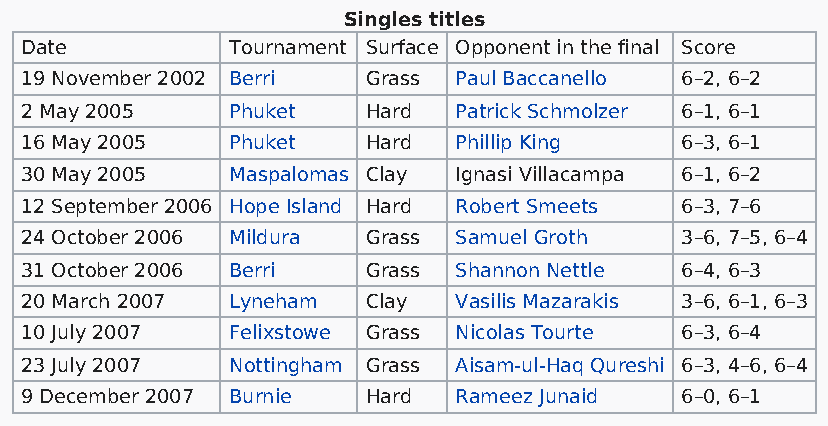
Singles titles
 Date          Tournament Surface Opponent in the final Score
 19 November 2002 Berri Grass Paul Baccanello 6–2, 6–2
 2 May 2005    Phuket   Hard  Patrick Schmolzer 6–1, 6–1
 16 May 2005   Phuket   Hard  Phillip King   6–3, 6–1
 30 May 2005   Maspalomas Clay Ignasi Villacampa 6–1, 6–2
 12 September 2006 Hope Island Hard Robert Smeets 6–3, 7–6
 24 October 2006 Mildura Grass Samuel Groth  3–6, 7–5, 6–4
 31 October 2006 Berri  Grass Shannon Nettle 6–4, 6–3
 20 March 2007 Lyneham  Clay  Vasilis Mazarakis 3–6, 6–1, 6–3
 10 July 2007  Felixstowe Grass Nicolas Tourte 6–3, 6–4
 23 July 2007  Nottingham Grass Aisam-ul-Haq Qureshi 6–3, 4–6, 6–4
 9 December 2007 Burnie Hard  Rameez Junaid  6–0, 6–1